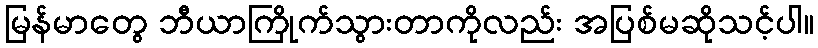
မြန်မာတွေ ဘီယာကြိုက်သွားတာကိုလည်း အပြစ်မဆိုသင့်ပါ။